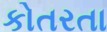
કોતરતા